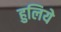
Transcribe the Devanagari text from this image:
हुलिये